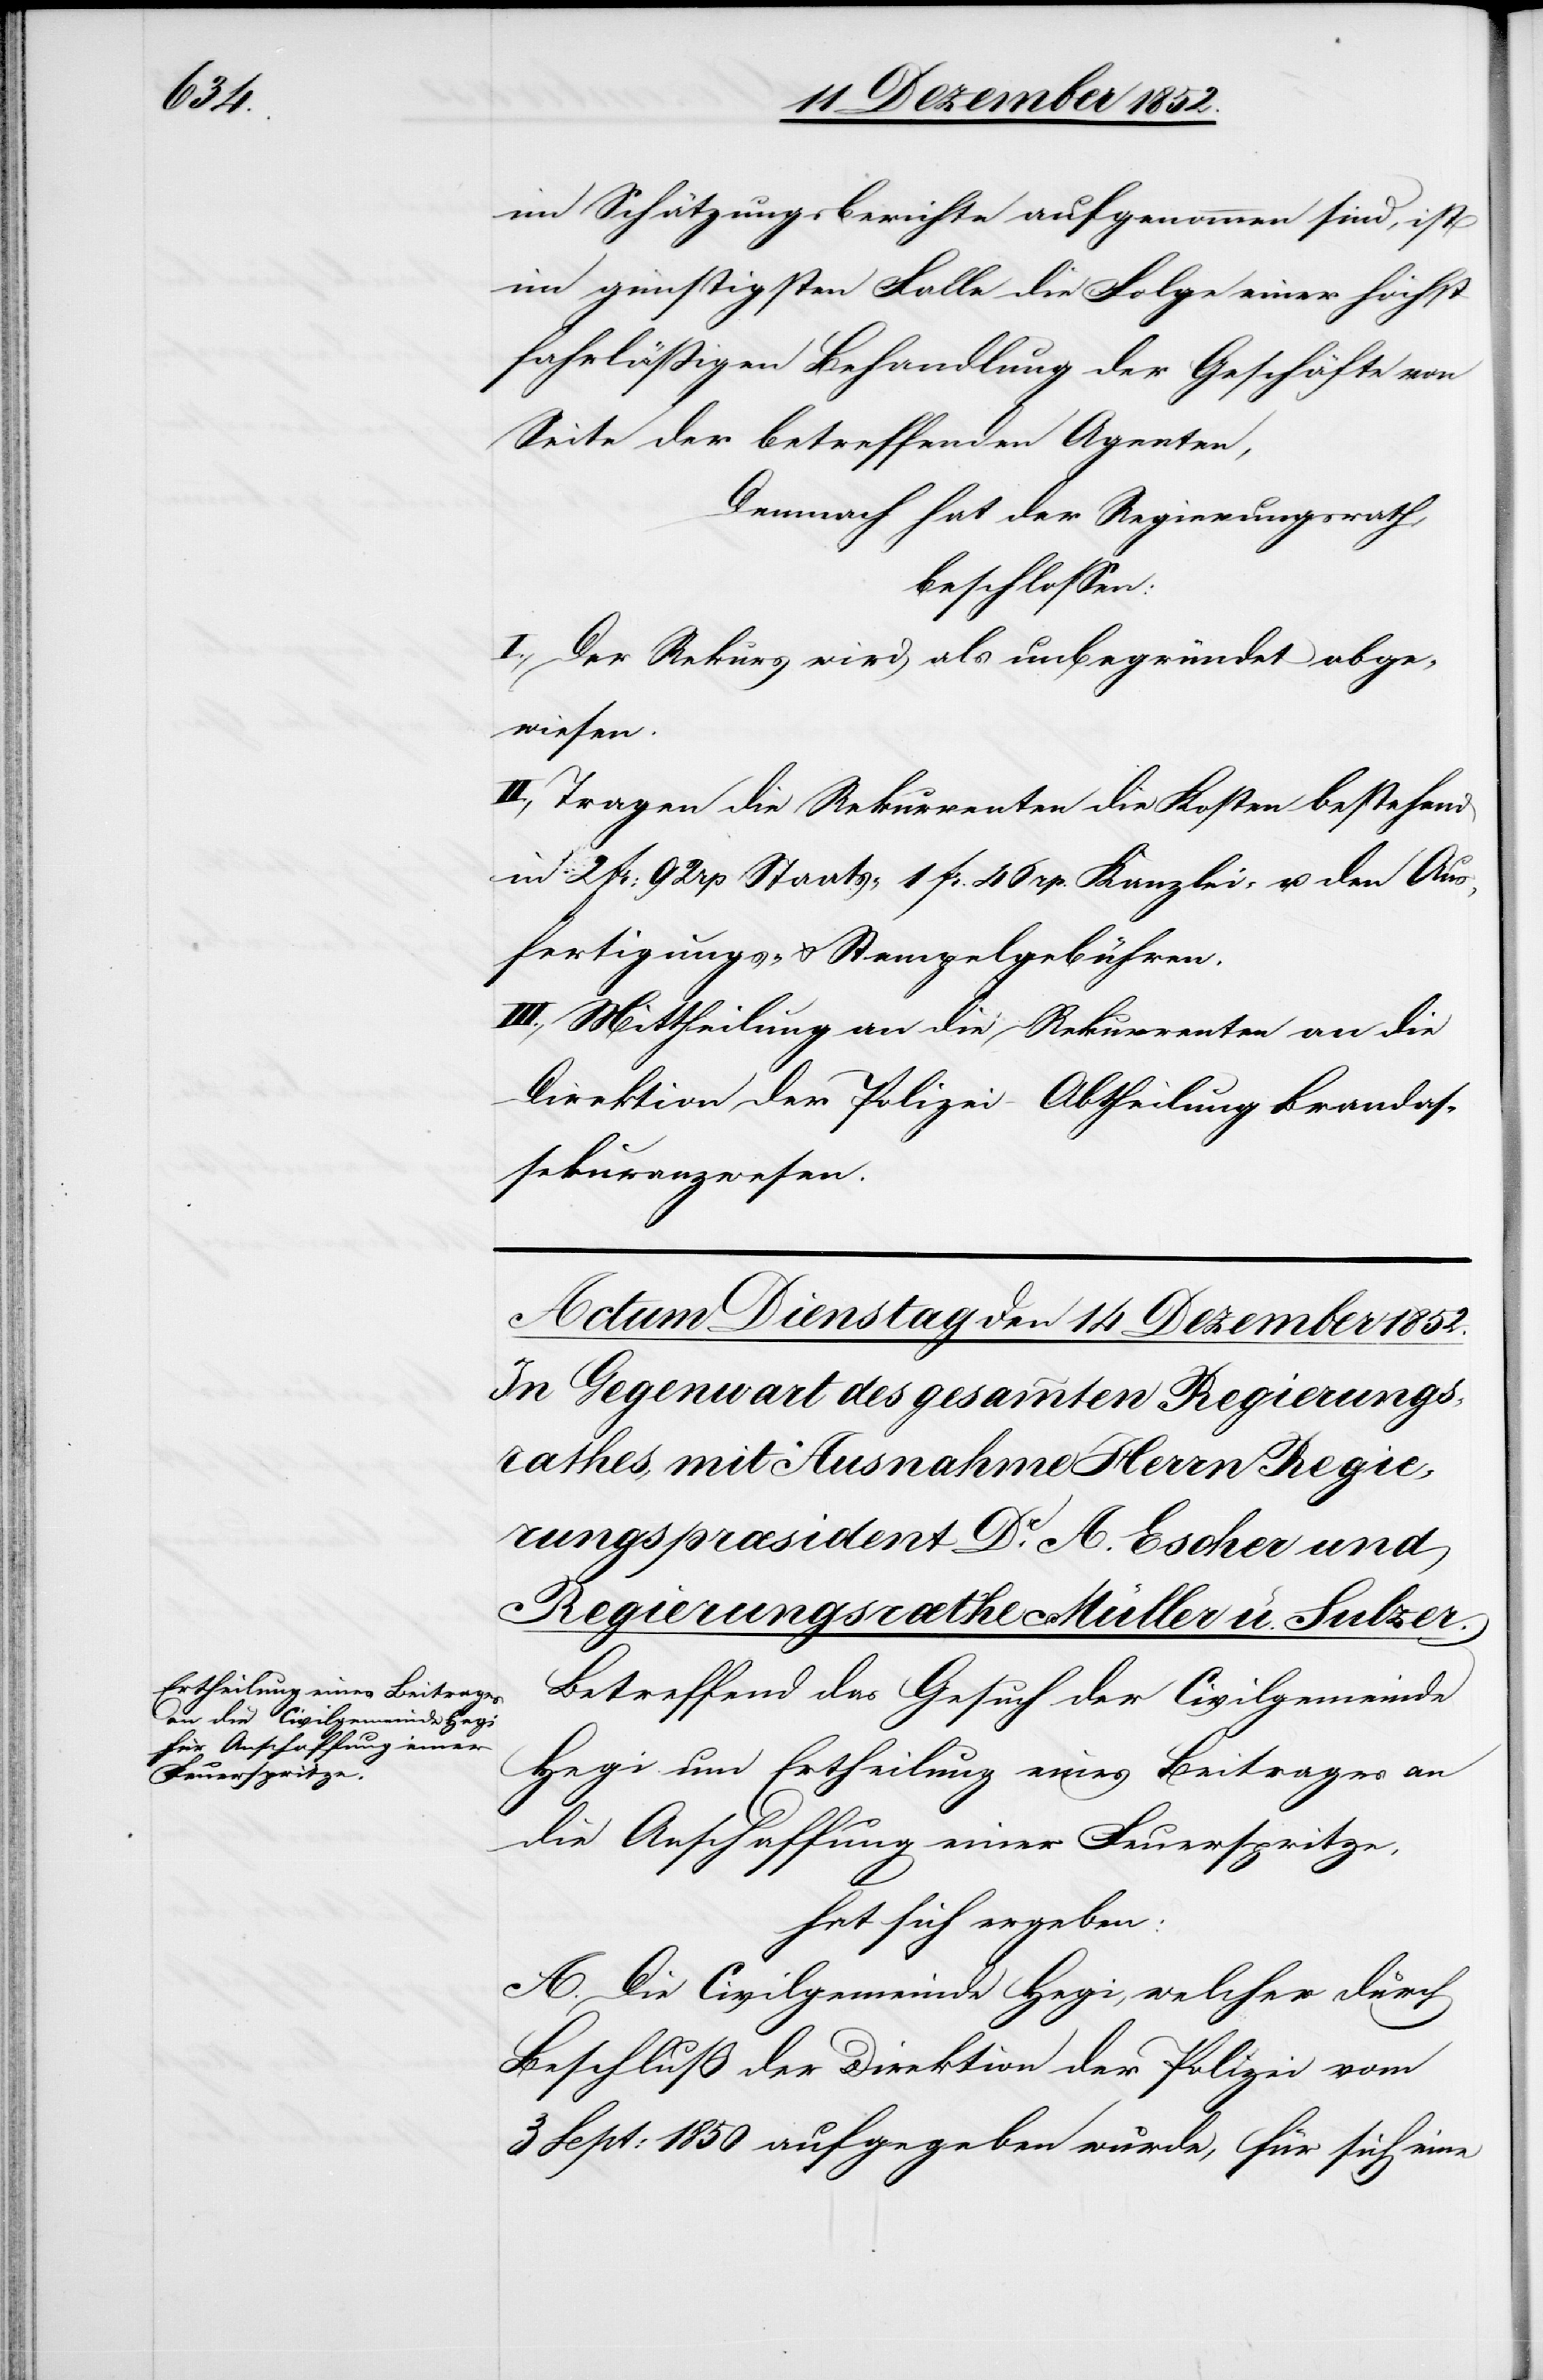
im Schätzungsberichte aufgenommen sind, ist
im günstigsten Falle die Folge einer höchst
fahrläßigen Behandlung der Geschäfte von
Seite der betreffenden Agenten,
Demnach hat der Regierungsrath,
beschlossen:
I., Der Rekurs wird als unbegründet abge¬
wiesen.
II., Tragen die Rekurrenten die Kosten bestehend
in 2 fr. 92 rp Staats-[,] 1 fr. 46 rp. Kanzlei- u. den Aus¬
fertigungs- & Stempelgebühren.
III., Mittheilung an die Rekurrenten [u.] an die
Direktion der Polizei – Abtheilung Brandas¬
sekuranzwesen.
Betreffend das Gesuch der Civilgemeinde
Hegi um Ertheilung eines Beitrages an
die Anschaffung einer Feuerspritze,
hat sich ergeben:
A. Die Civilgemeinde Hegi, welcher durch
Beschluß der Direktion der Polizei vom
3 Sept: 1850 aufgegeben wurde, für sich eine